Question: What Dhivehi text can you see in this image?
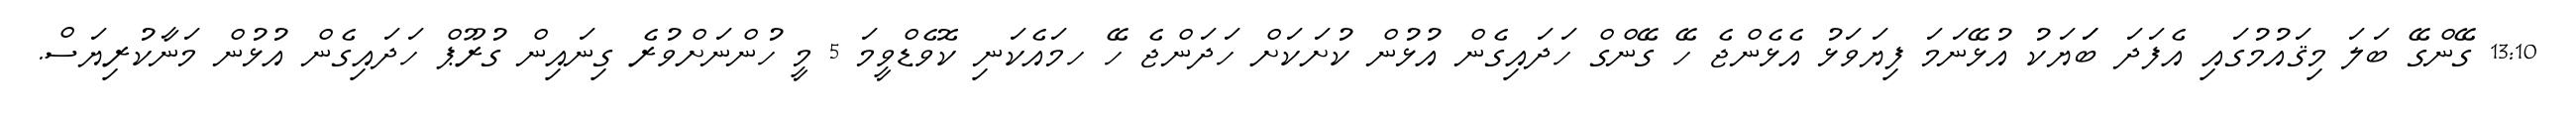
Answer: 13:10 ގޭންގޭ ބަލަ މިޤައުމުގައި އެފަދަ ބަަޔަކު އުޅޭނަމަ ފިޔަވަޅު އެޅެންޖެ ހޭ ގޭންގް ހަދައިގެން އުޅުން ކުށަކަށް ހަދަންޖެ ހޭ ހމައެކަނި ކޮވެޑްވީމަ 5 މީ ހުންނަށްވުރެ ގިނައިން ގުރޫޕް ހަދައިގެން އުޅުން މަނާކުރިޔަސް.